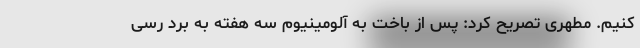
کنیم. مطهری تصریح کرد: پس از باخت به آلومینیوم سه هفته به برد رسی